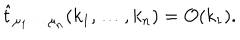
\hat { t } _ { \mu _ { 1 } \ldots \; \mu _ { n } } ( k _ { 1 } , \ldots , k _ { n } ) = { \cal O } ( k _ { 1 } ) .